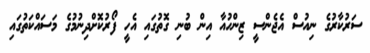
ސަރުކާރުގެ ނިއުސް އެޖެންސީ ޒިންހުއާ އިން ބުނި ގޮތުގައި އެހީ ފޯރުކޮށްދިނުމުގެ މަސައްކަތުގައި